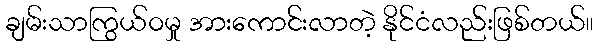
ချမ်းသာကြွယ်ဝမှု အားကောင်းလာတဲ့ နိုင်ငံလည်းဖြစ်တယ်။